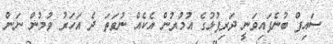
ސައިފް ބުނެފައިވަނީ ދަރިފުޅުގެ އުމުރުން އެކެއް ނުވަތަ ދެ އަހަރު ވުމުން ނަން